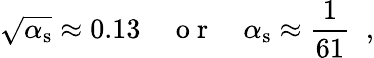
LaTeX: \sqrt{\alpha_{\mathrm{s}}}\approx 0.13\quad\mathrm{~o~r~}\quad\alpha_{\mathrm{s}}\approx\frac{1}{61}\; \; ,